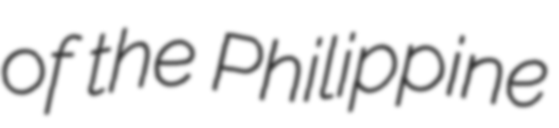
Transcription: of the Philippine